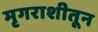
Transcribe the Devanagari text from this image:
मृगराशीतून